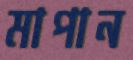
মাপান